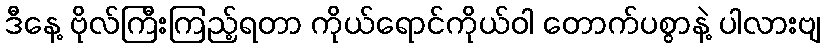
ဒီနေ့ ဗိုလ်ကြီးကြည့်ရတာ ကိုယ်ရောင်ကိုယ်ဝါ တောက်ပစွာနဲ့ ပါလားဗျ